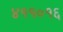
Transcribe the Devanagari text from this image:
४११०१६